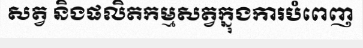
សត្វ និងផលិតកម្មសត្វក្នុងការបំពេញ